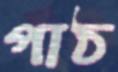
পাঠ